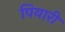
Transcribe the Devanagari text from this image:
पियारी